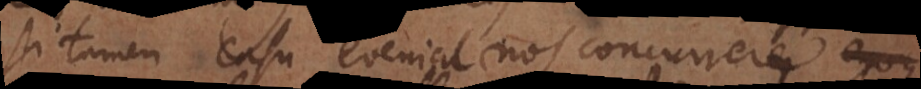
Si tamen casu eveniat nos concurrere,